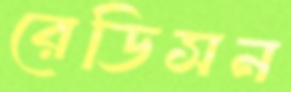
রেডিসন